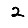
Digit: 2